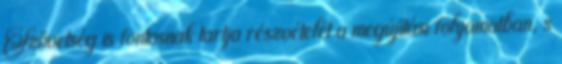
Szövetség is fontosnak tartja részvételét a megújítási folyamatban, s